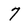
Character: 7